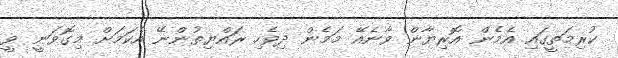
ކުރިމަތީގައި އެމެން އޮރިޔާން ވާނެއޭ މަމެން ދިވެހި ރައްޔިތުންނޭ އެކަމަށް މިގޮވަނީ ވީ